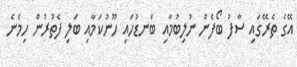
އޭގެ ތެރޭގައި ސާފު ބޯފެން ނުލިބުމާއި ބަނޑުހައި ހޫނުކަމާއި ބަލި ފެތުރުން ހިމެނެ